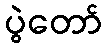
ပွဲတော်